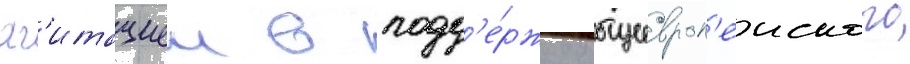
аг'итациеи в подд'е́ржку общеевроп'еиского